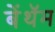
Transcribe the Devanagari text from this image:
बेंथॅम